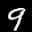
Label: 9